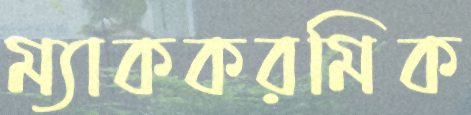
ম্যাককরমিক